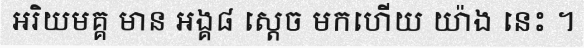
អរិយមគ្គ មាន អង្គ៨ ស្តេច មកហើយ យ៉ាង នេះ ។